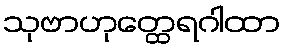
သုဗာဟုတ္ထေရဂါထာ